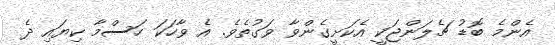
އެންމެ ބޮޑު ޗެލަންޖަކީ އެކަށީގެންވާ ވަގުތެވެ. އެ ވާހަކަ ހަސްމާ ކިޔައި ދެ